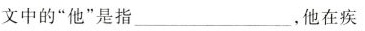
文中的“他”是指，他在疾